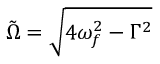
\tilde { \Omega } = \sqrt { 4 \omega _ { f } ^ { 2 } - \Gamma ^ { 2 } }